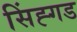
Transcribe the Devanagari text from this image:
सिंह्गड